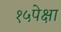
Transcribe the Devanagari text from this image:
१५पेक्षा